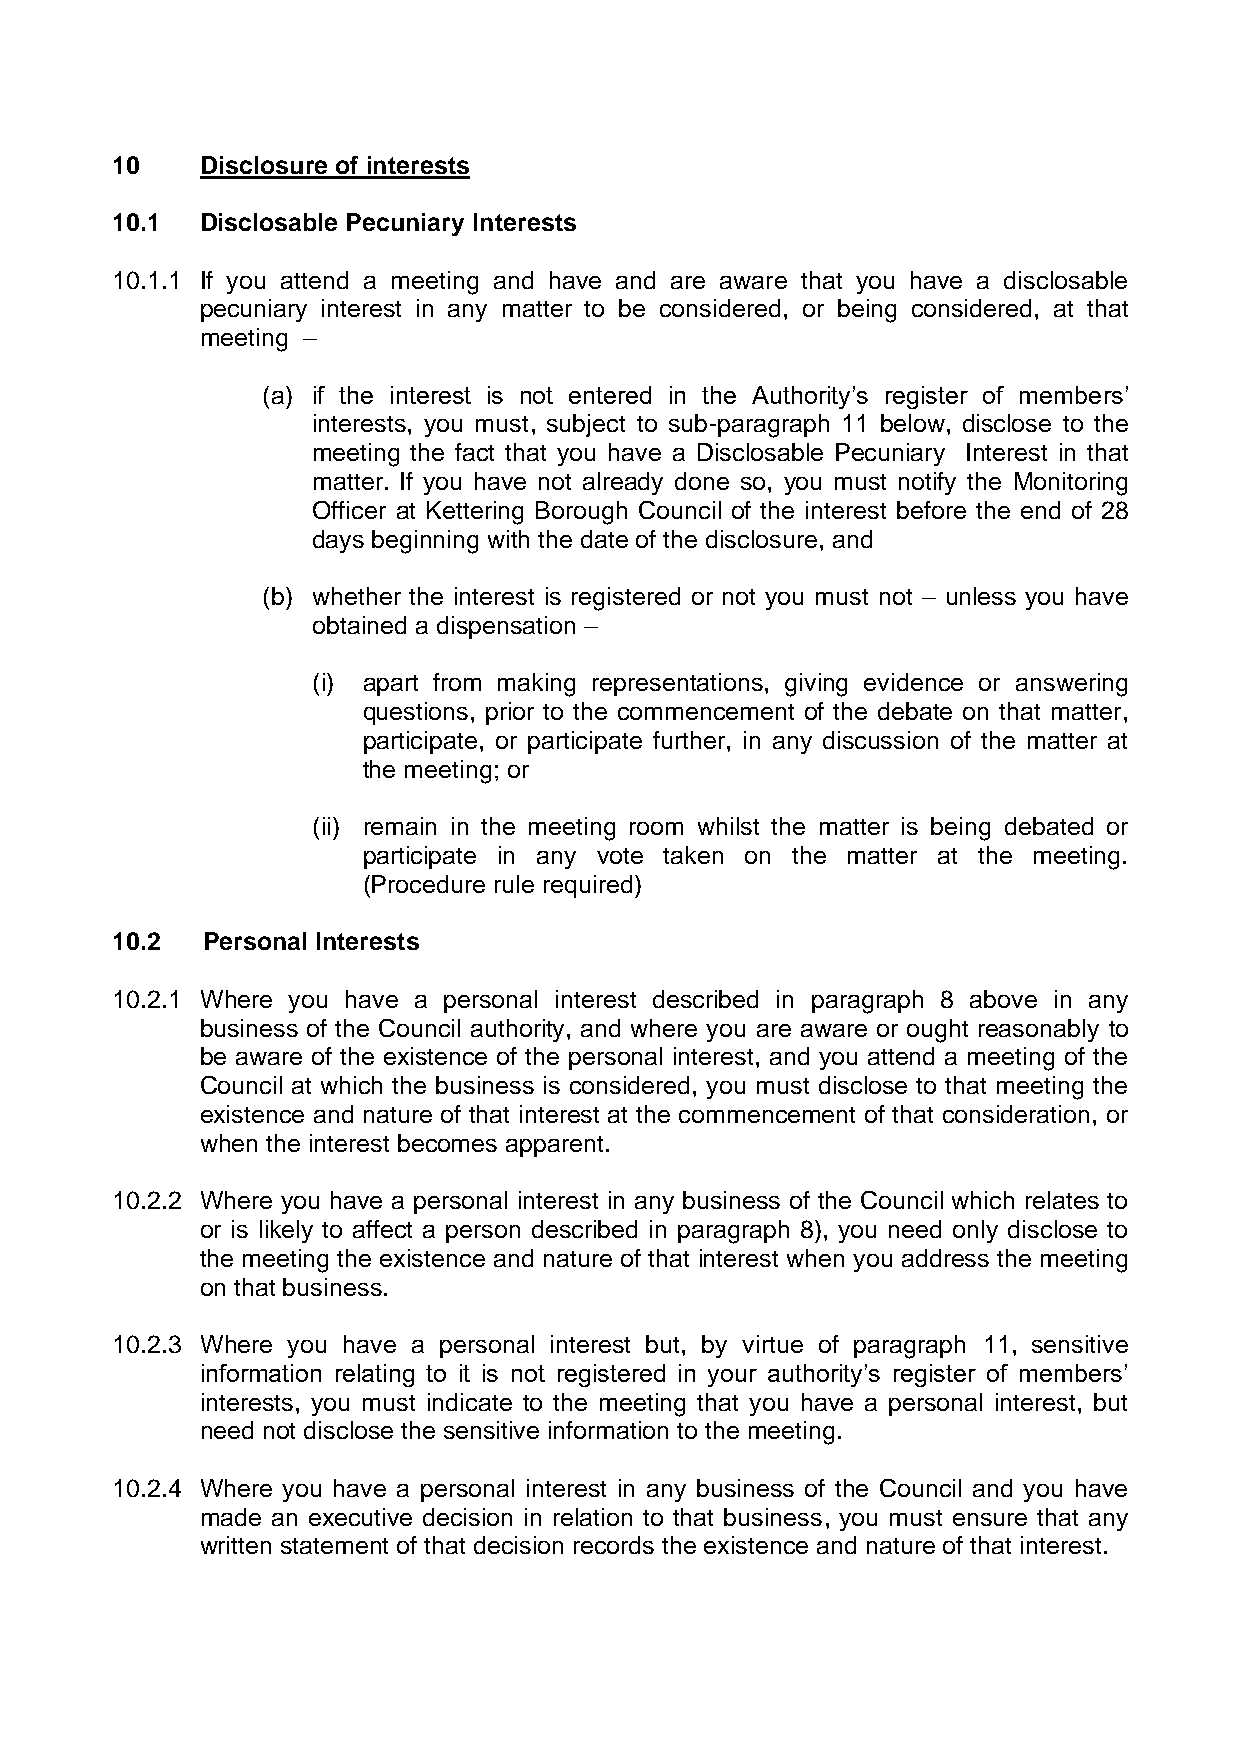
10    Disclosure of interests
 10.1  Disclosable Pecuniary Interests
 10.1.1 If you attend a meeting and have and are aware that you have a disclosable
 pecuniary interest in any matter to be considered, or being considered, at that
 meeting –
 (a) if the interest is not entered in the Authority’s register of members’
 interests, you must, subject to sub-paragraph 11 below, disclose to the
 meeting the fact that you have a Disclosable Pecuniary Interest in that
 matter. If you have not already done so, you must notify the Monitoring
 Officer at Kettering Borough Council of the interest before the end of 28
 days beginning with the date of the disclosure, and
 (b) whether the interest is registered or not you must not – unless you have
 obtained a dispensation –
 (i) apart from making representations, giving evidence or answering
 questions, prior to the commencement of the debate on that matter,
 participate, or participate further, in any discussion of the matter at
 the meeting; or
 (ii) remain in the meeting room whilst the matter is being debated or
 participate in any vote taken on the matter at the meeting.
 (Procedure rule required)
 10.2  Personal Interests
 10.2.1 Where you have a personal interest described in paragraph 8 above in any
 business of the Council authority, and where you are aware or ought reasonably to
 be aware of the existence of the personal interest, and you attend a meeting of the
 Council at which the business is considered, you must disclose to that meeting the
 existence and nature of that interest at the commencement of that consideration, or
 when the interest becomes apparent.
 10.2.2 Where you have a personal interest in any business of the Council which relates to
 or is likely to affect a person described in paragraph 8), you need only disclose to
 the meeting the existence and nature of that interest when you address the meeting
 on that business.
 10.2.3 Where you have a personal interest but, by virtue of paragraph 11, sensitive
 information relating to it is not registered in your authority’s register of members’
 interests, you must indicate to the meeting that you have a personal interest, but
 need not disclose the sensitive information to the meeting.
 10.2.4 Where you have a personal interest in any business of the Council and you have
 made an executive decision in relation to that business, you must ensure that any
 written statement of that decision records the existence and nature of that interest.